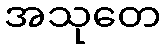
အသုတေ